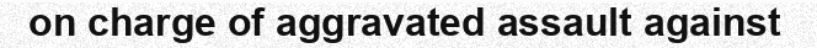
on charge of aggravated assault against